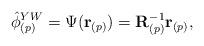
LaTeX: \begin{align*}\hat{\phi }_{(p)}^{YW}=\Psi(\textbf{r}_{(p)})={\textbf{R}}_{(p)}^{-1} {\textbf{r}}_{(p)},\end{align*}